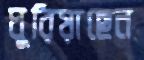
ঘুরিয়াছেন